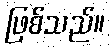
ဖြစ်သည်။